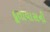
દૂતાવાસની